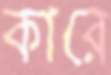
কারে